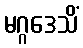
မဂ္ဂဒေသိံ